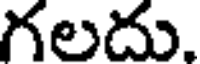
గలదు.